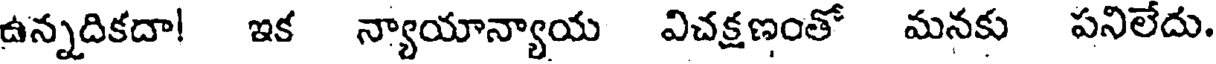
ఉన్నదికదా! ఇక న్యాయాన్యాయ విచక్షణంతో మనకు పనిలేదు.